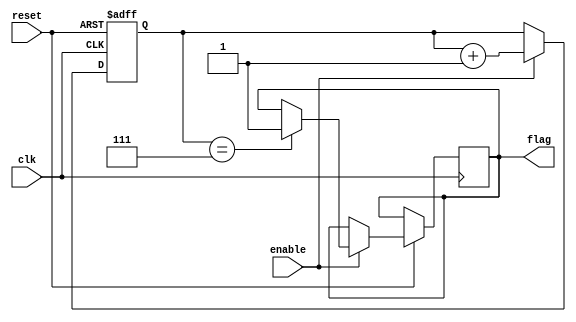
/*********************** 
* Name:
*	Counter.v
* Description:
* Contador con enable y bandera de salida
* 
* Inputs:
*	clk: Input Clock  
*	reset: reset de entrada el modulo
* 	enable: enable de entrada al modulo
* Outputs:
*  flag: Flag de salida
* Version:  
*	1.0
* Author: 
*	Ivan Martinez Flores & Jorge Araiza Martinez 
* Fecha: 
*	2/10/2018
***********************/
module Counter
#(
	// Parameter Declarations
	parameter WORD_LENGTH = 4,
	parameter WORD = WORD_LENGTH*2
)

(
	// Input Ports
	input clk,
	input reset,
	input enable,
	
	// Output Ports
	output flag
);

reg flag_r;
reg [WORD-1 : 0] counter_r;

	always@(posedge clk or negedge reset) begin
		if (reset == 1'b0) begin
			counter_r <= {WORD{1'b0}};
			//flag_r <= 1'b0;
		end
		else 
			if(enable == 1'b1) begin  
				counter_r <= counter_r + 1'b1;
			if(counter_r == WORD-1)  
				flag_r <= 1'b1;
			end
		end

		
	assign flag = flag_r;
		

endmodule